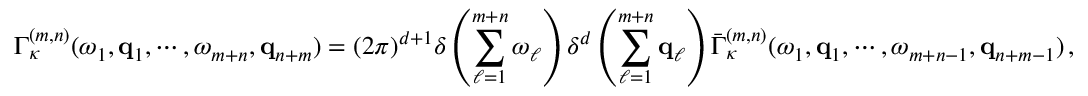
\Gamma _ { \kappa } ^ { ( m , n ) } ( \omega _ { 1 } , { \bf q } _ { 1 } , \cdots , \omega _ { m + n } , { \bf q } _ { n + m } ) = ( 2 \pi ) ^ { d + 1 } \delta \left( \sum _ { \ell = 1 } ^ { m + n } \omega _ { \ell } \right) \delta ^ { d } \left( \sum _ { \ell = 1 } ^ { m + n } { \bf q } _ { \ell } \right) \bar { \Gamma } _ { \kappa } ^ { ( m , n ) } ( \omega _ { 1 } , { \bf q } _ { 1 } , \cdots , \omega _ { m + n - 1 } , { \bf q } _ { n + m - 1 } ) \, ,